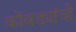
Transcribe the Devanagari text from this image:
कोंबड्यांची